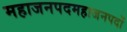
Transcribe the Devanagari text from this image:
महाजनपदमहाजनपदों